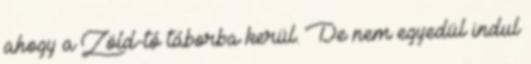
ahogy a Zöld-tó táborba kerül. De nem egyedül indul